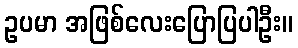
ဥပမာ အဖြစ်လေးပြောပြပါဦး။